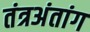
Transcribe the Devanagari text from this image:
तंत्रअंतांग